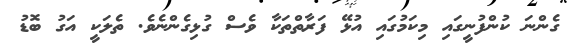
ގެންނަ ކުންފުނީގައި މިކަމުގައި އުޅޭ ފަރާތްތަކާ ވެސް ގުޅިގެންނެވެ. ތެލަކީ އަގު ބޮޑު